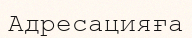
Адресацияға